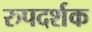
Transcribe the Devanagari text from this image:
रुपदर्शक